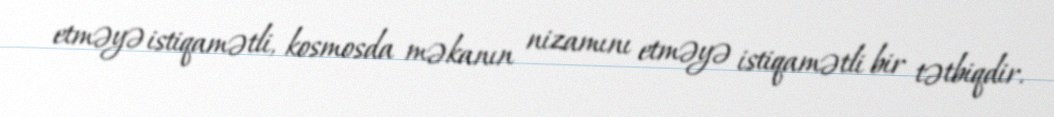
etməyə istiqamətli, kosmosda məkanın nizamını etməyə istiqamətli bir tətbiqdir.